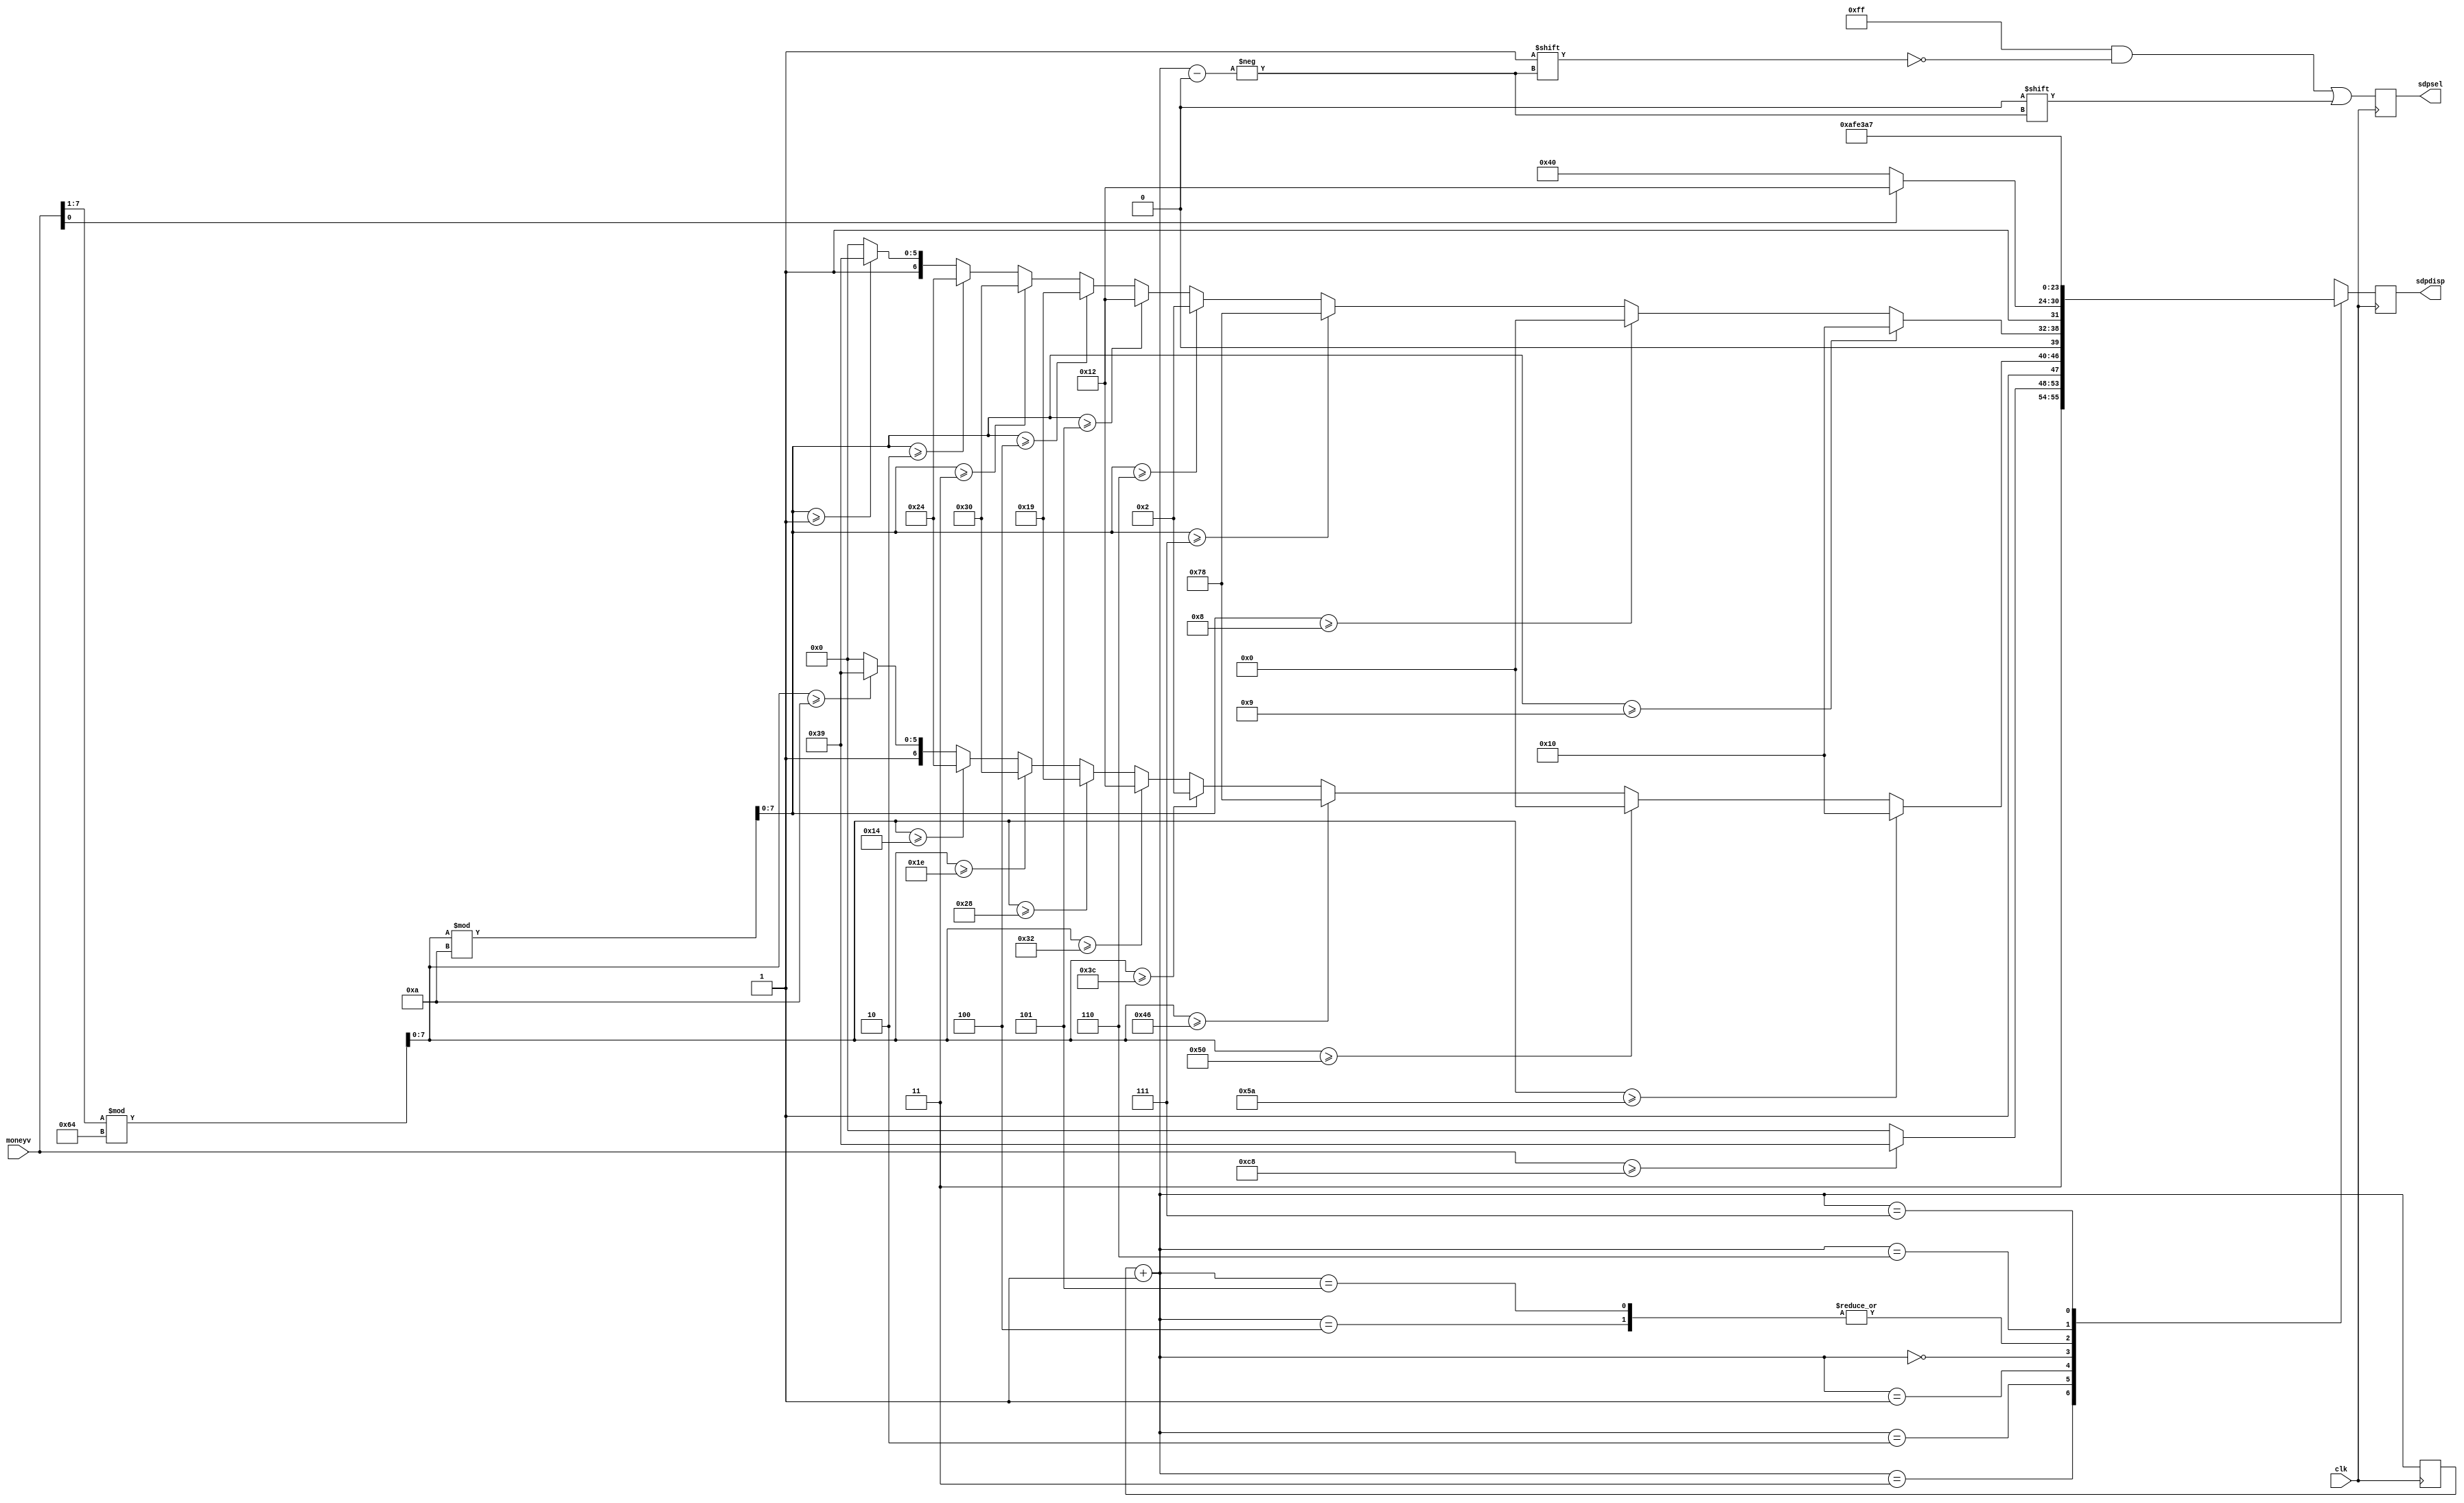
`timescale 1ns / 1ps


module moneydisp(
    clk, moneyv, sdpsel, sdpdisp
);
    input clk;
    input [7:0] moneyv; // MAX 128, last digit for .5 precision
    output reg [7:0] sdpsel;
    output reg [7:0] sdpdisp;
    reg [2:0] curr_dig;
    reg [7:0] original;
    reg [7:0] tens;
    reg [7:0] ones;
    initial curr_dig = 0;
    always @(posedge clk) begin
        // do the decode work first
        curr_dig = curr_dig + 1;
        sdpsel = 8'b11111111;
        original[7] = 0;
        original[6:0] = moneyv[7:1];
        tens = original % 100;
        ones = tens % 10;
        sdpsel[curr_dig] = 0;
        // we have 4 digits total. so we need to divide up a bit..
        case(curr_dig)
            3: begin
                if (moneyv >= 200) begin
                    sdpdisp = 8'b11111001; // 1
                end
                else begin
                    sdpdisp = 8'b11000000; // 0
                end
            end
            2: begin
                if(tens >= 90) begin
                    sdpdisp = 8'b10010000;
                end
                else if(tens >= 80) begin
                    sdpdisp = 8'b10000000;
                end
                else if(tens >= 70) begin
                    sdpdisp = 8'b11111000;
                end
                else if(tens >= 60) begin
                    sdpdisp = 8'b10000010;
                end
                else if(tens >= 50) begin
                    sdpdisp = 8'b10010010;
                end
                else if(tens >= 40) begin
                    sdpdisp = 8'b10011001;
                end
                else if(tens >= 30) begin
                    sdpdisp = 8'b10110000;
                end
                else if(tens >= 20) begin
                    sdpdisp = 8'b10100100;
                end
                else if(tens >= 10) begin
                    sdpdisp = 8'b11111001;
                end
                else begin
                    sdpdisp = 8'b11000000;
                end
            end
            1: begin
                if(ones >= 9) begin
                    sdpdisp = 8'b00010000;
                end
                else if(ones >= 8) begin
                    sdpdisp = 8'b00000000;
                end
                else if(ones >= 7) begin
                    sdpdisp = 8'b01111000;
                end
                else if(ones >= 6) begin
                    sdpdisp = 8'b00000010;
                end
                else if(ones >= 5) begin
                    sdpdisp = 8'b00010010;
                end
                else if(ones >= 4) begin
                    sdpdisp = 8'b00011001;
                end
                else if(ones >= 3) begin
                    sdpdisp = 8'b00110000;
                end
                else if(ones >= 2) begin
                    sdpdisp = 8'b00100100;
                end
                else if(ones >= 1) begin
                    sdpdisp = 8'b01111001;
                end
                else begin
                    sdpdisp = 8'b01000000;
                end
            end
            0: begin
                if(moneyv[0]) begin
                    sdpdisp = 8'b10010010;
                end
                else begin
                    sdpdisp = 8'b11000000;
                end
            end
            4: sdpdisp = 8'b10101111;
            5: sdpdisp = 8'b10101111;
            6: sdpdisp = 8'b11100011;
            7: sdpdisp = 8'b10100111;
        endcase
    end
endmodule //